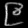
Digit: ၉